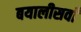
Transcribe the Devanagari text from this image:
बयालीसवाँ